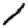
Digit: 1